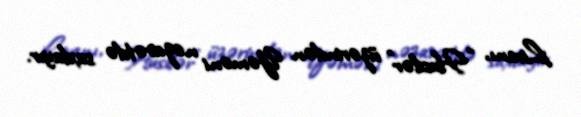
Livanı, “Husilər” üzərindən Yəməni nəzarətdə saxlayır.